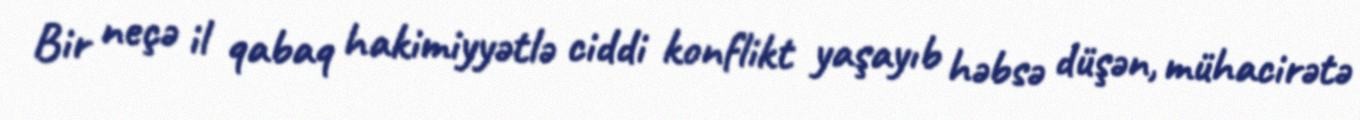
Bir neçə il qabaq hakimiyyətlə ciddi konflikt yaşayıb həbsə düşən, mühacirətə